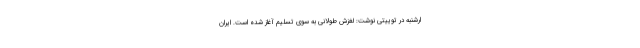
ارشنبه در توییتی نوشت: لغزش طولانی به سوی تسلیم آغاز شده است. ایران